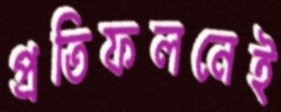
প্রতিফলনেই